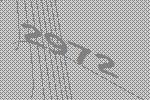
2972